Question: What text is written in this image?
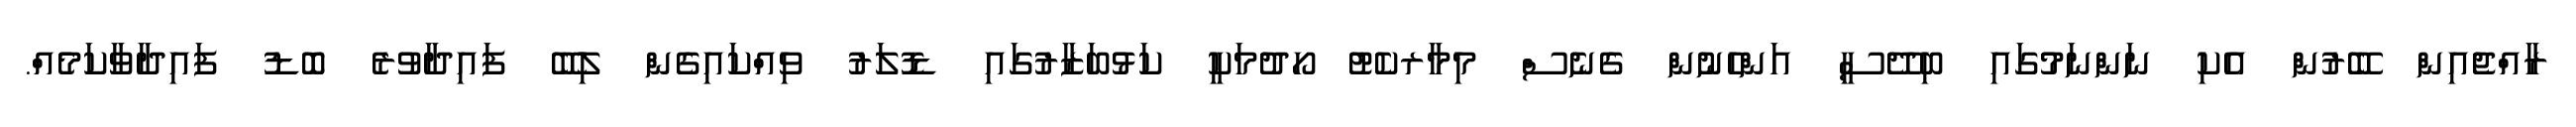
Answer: ރާއްޖެއިން ބޭރުން އެކި ނަންނަމުގައި ބިދޭސީ އަންހެނުން ގެނެސް މިމާރކެޓު ހޯދުމަކީ ކަޅުބަޒާރުގައި ޑޮލަރު ވިއްކައިގެން ލިބޭ ފައިދާވުރެ ބޮޑު ފައިދާވާކަމެއް.